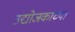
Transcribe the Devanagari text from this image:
उद्योजकांच्या